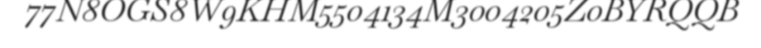
77N8OGS8W9KHM5504134M3004205Z0BYRQQB